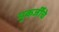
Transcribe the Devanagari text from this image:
मुकर्जींचे